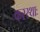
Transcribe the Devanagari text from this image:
करस्थाः